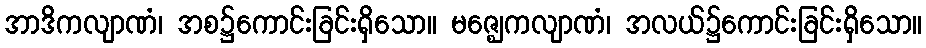
အာဒိကလျာဏံ၊ အစ၌ကောင်းခြင်းရှိသော။ မဇ္ဈေကလျာဏံ၊ အလယ်၌ကောင်းခြင်းရှိသော။